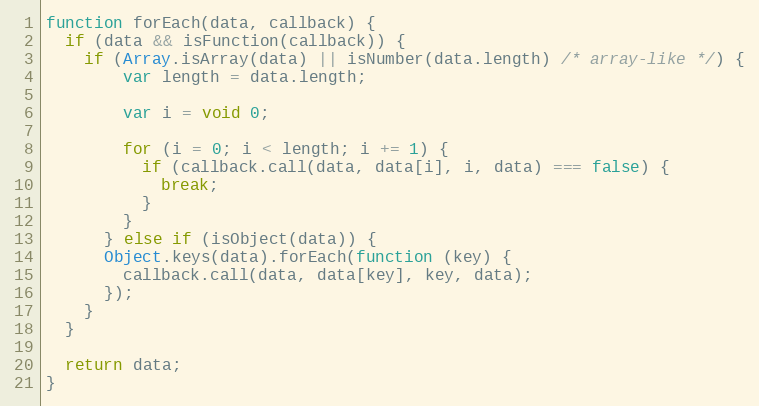
Language: JavaScript
function forEach(data, callback) {
  if (data && isFunction(callback)) {
    if (Array.isArray(data) || isNumber(data.length) /* array-like */) {
        var length = data.length;

        var i = void 0;

        for (i = 0; i < length; i += 1) {
          if (callback.call(data, data[i], i, data) === false) {
            break;
          }
        }
      } else if (isObject(data)) {
      Object.keys(data).forEach(function (key) {
        callback.call(data, data[key], key, data);
      });
    }
  }

  return data;
}